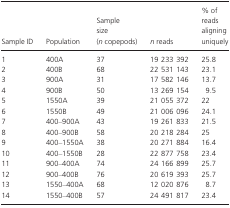
| Sample ID | Population | Sample size (n copepods) | n reads | % of reads aligning uniquely |
 | --- | --- | --- | --- | --- |
 | 1 | 400A | 37 | 19 233 392 | 25.8 |
 | 2 | 400B | 68 | 22 531 143 | 23.1 |
 | 3 | 900A | 31 | 17 582 146 | 13.7 |
 | 4 | 900B | 50 | 13 269 154 | 9.5 |
 | 5 | 1550A | 39 | 21 055 372 | 22 |
 | 6 | 1550B | 49 | 21 006 096 | 24.1 |
 | 7 | 400–900A | 43 | 19 261 833 | 21.5 |
 | 8 | 400–900B | 58 | 20 218 284 | 25 |
 | 9 | 400–1550A | 38 | 20 271 884 | 16.4 |
 | 10 | 400–1550B | 28 | 22 877 758 | 23.4 |
 | 11 | 900–400A | 74 | 24 166 899 | 25.7 |
 | 12 | 900–400B | 76 | 20 619 393 | 25.7 |
 | 13 | 1550–400A | 68 | 12 020 876 | 8.7 |
 | 14 | 1550–400B | 57 | 24 491 817 | 23.4 |